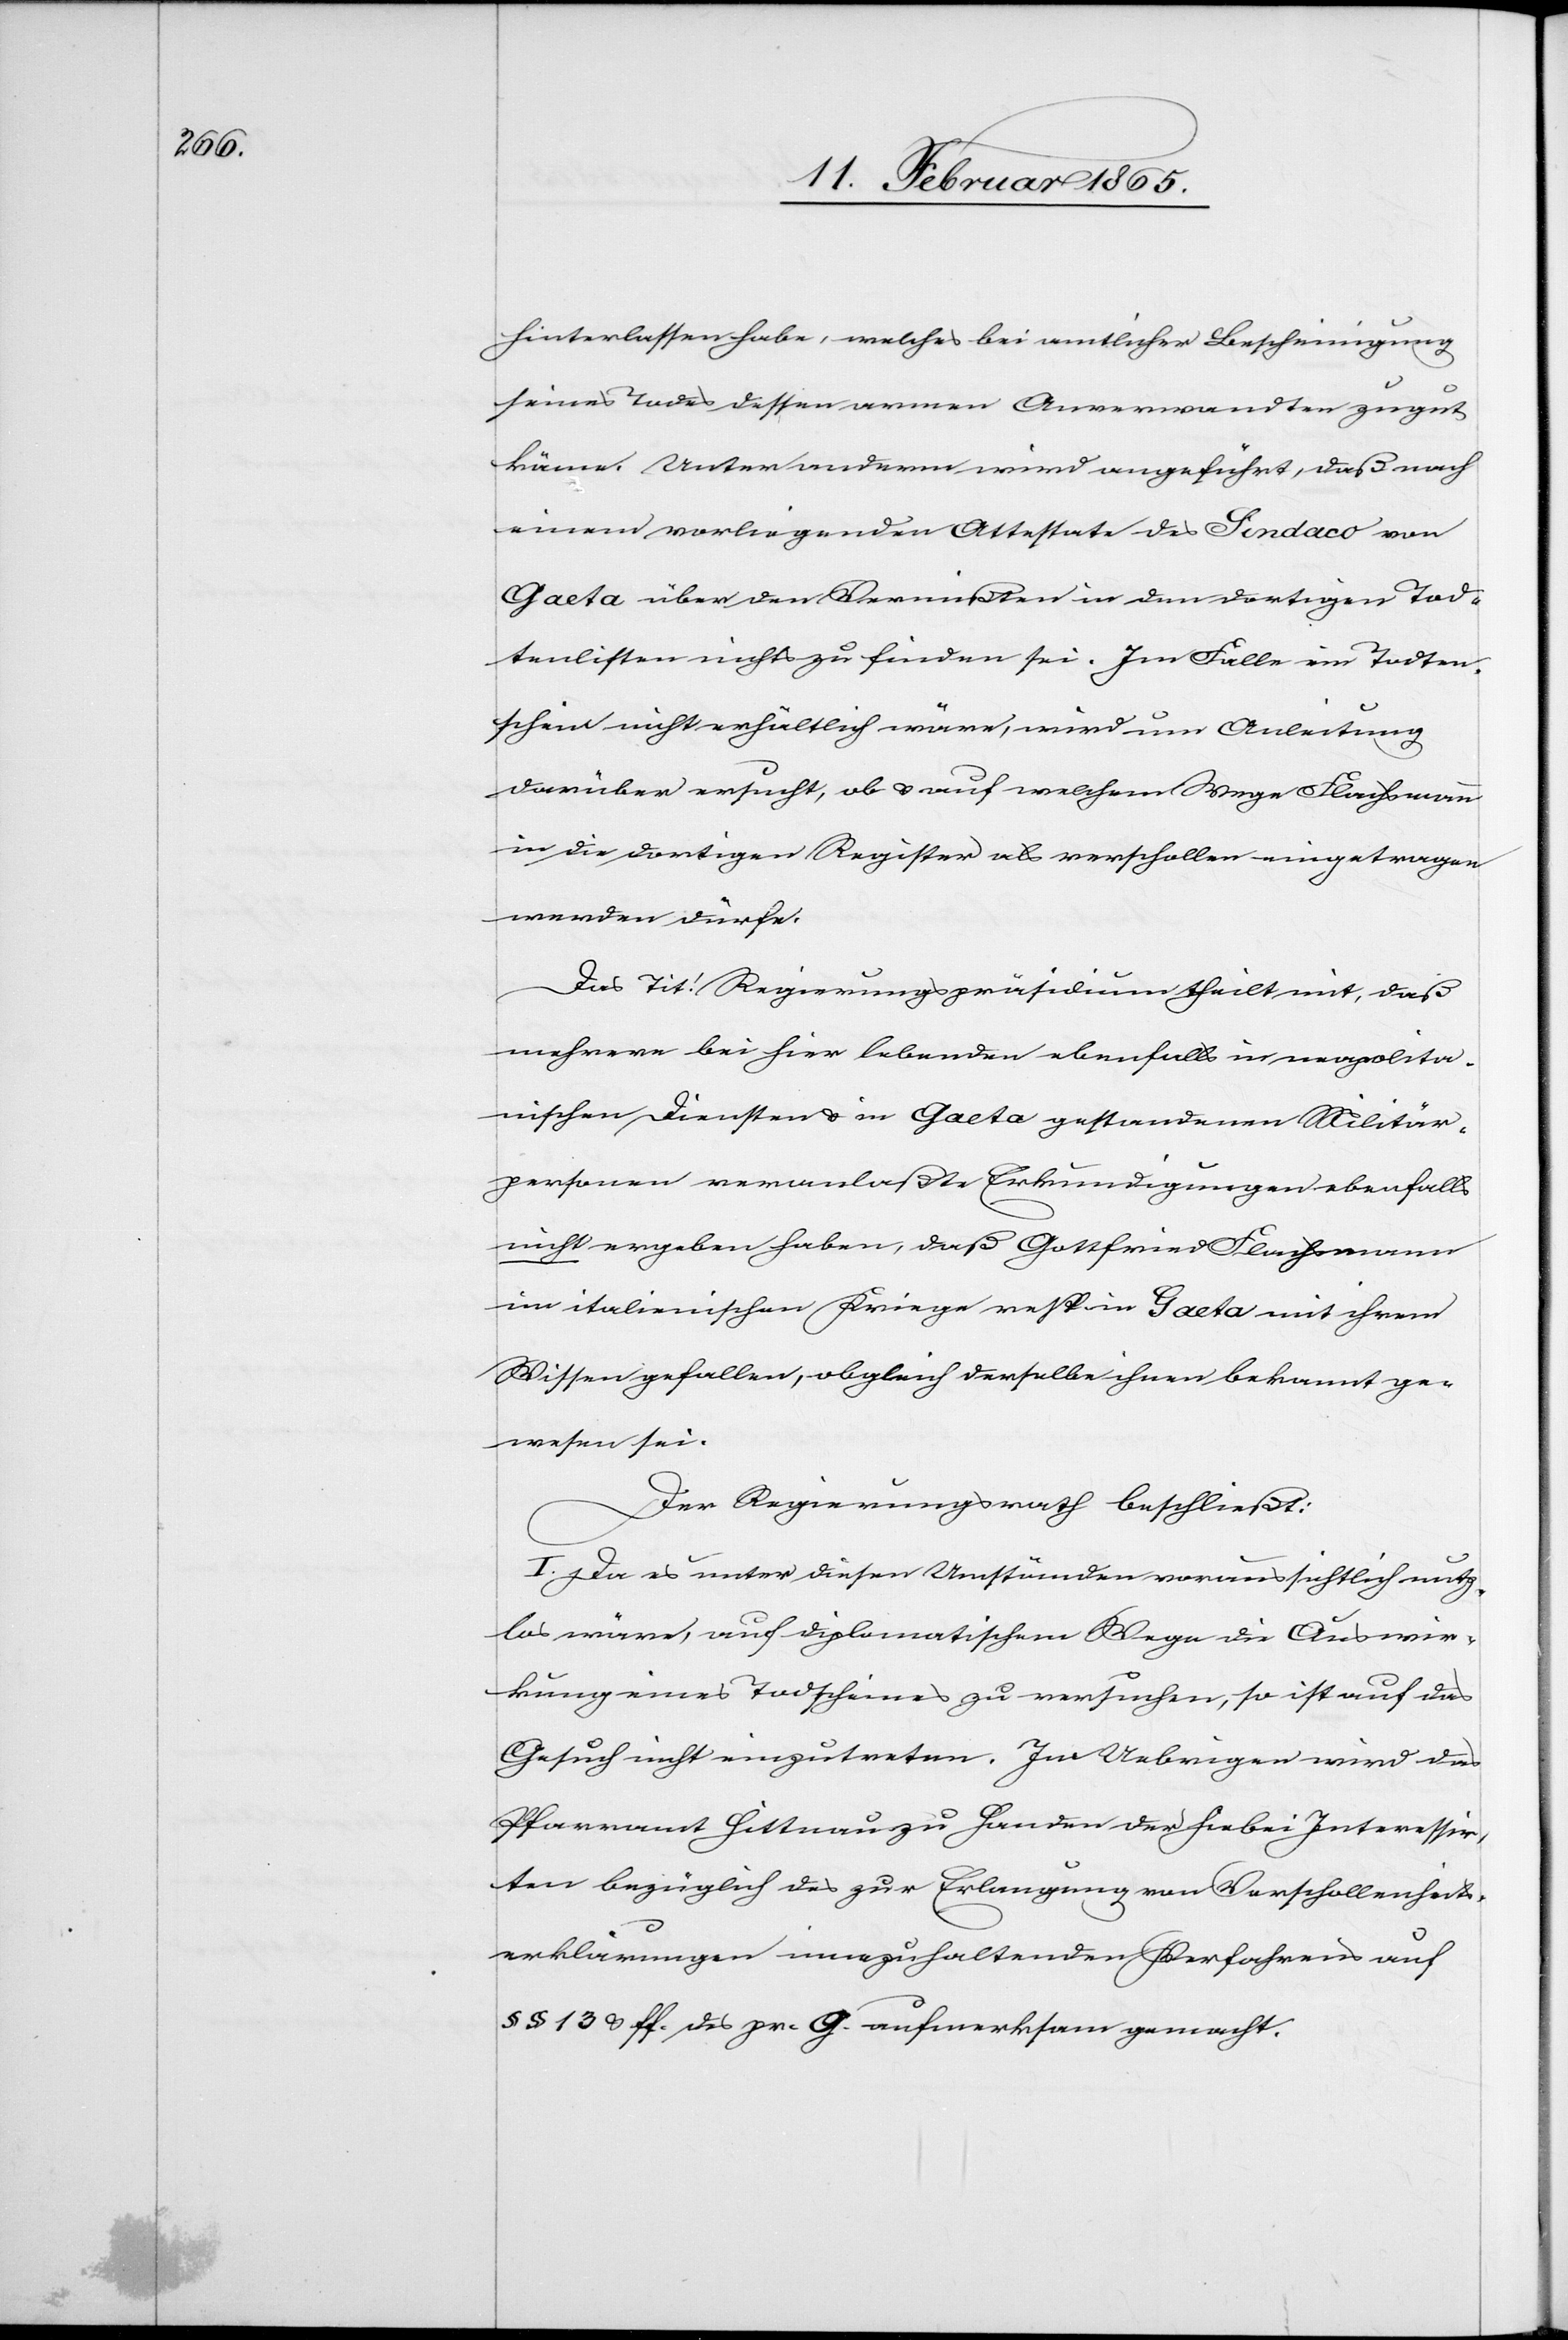
hinterlassen habe, welches bei amtlicher Bescheinigung
seines Todes dessen armen Anverwandten zugut
käme. Unter anderm wird angeführt, daß nach
einem vorliegenden Attestate des Sindaco von
Gaeta über den Vermißten in den dortigen Tod¬
tenlisten nichts zu finden sei. Im Falle ein Todten¬
schein nicht erhältlich wäre, wird um Anleitung
darüber ersucht, ob u. auf welchem Wege Flachsmann
in die dortigen Register als verschollen eingetragen
werden dürfe.
Das Tit! Regierungspräsidium theilt mit, daß
mehrere bei hier lebenden ebenfalls in neapolita¬
nischen Diensten u. in Gaeta gestandenen Militär¬
personen veranlaßte Erkundigungen ebenfalls
nicht ergeben haben, daß Gottfried Flachsmann
im italienischen Kriege resp in Gaeta mit ihrem
Wissen gefallen, obgleich derselbe ihnen bekannt ge¬
wesen sei.
Der Regierungsrath beschließt:
I. Da es unter diesen Umständen voraussichtlich nutz¬
los wäre, auf diplomatischem Wege die Auswir¬
kung eines Todscheines zu versuchen, so ist auf das
Gesuch nicht einzutreten. Im Uebrigen wird das
Pfarramt Hittnau zu Handen der hiebei Interessir¬
ten bezüglich des zur Erlangung von Verschollenheits¬
erklärungen innezuhaltenden Verfahrens auf
§ § §3 u ff. des pr. G. aufmerksam gemacht